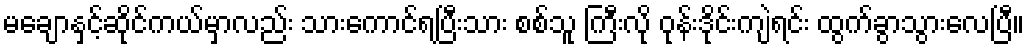
မချောနှင့်ဆိုင်ကယ်မှာလည်း သားကောင်ရပြီးသား စစ်သူ ကြီးလို ဝုန်းဒိုင်းကျဲရင်း ထွက်ခွာသွားလေပြီ။